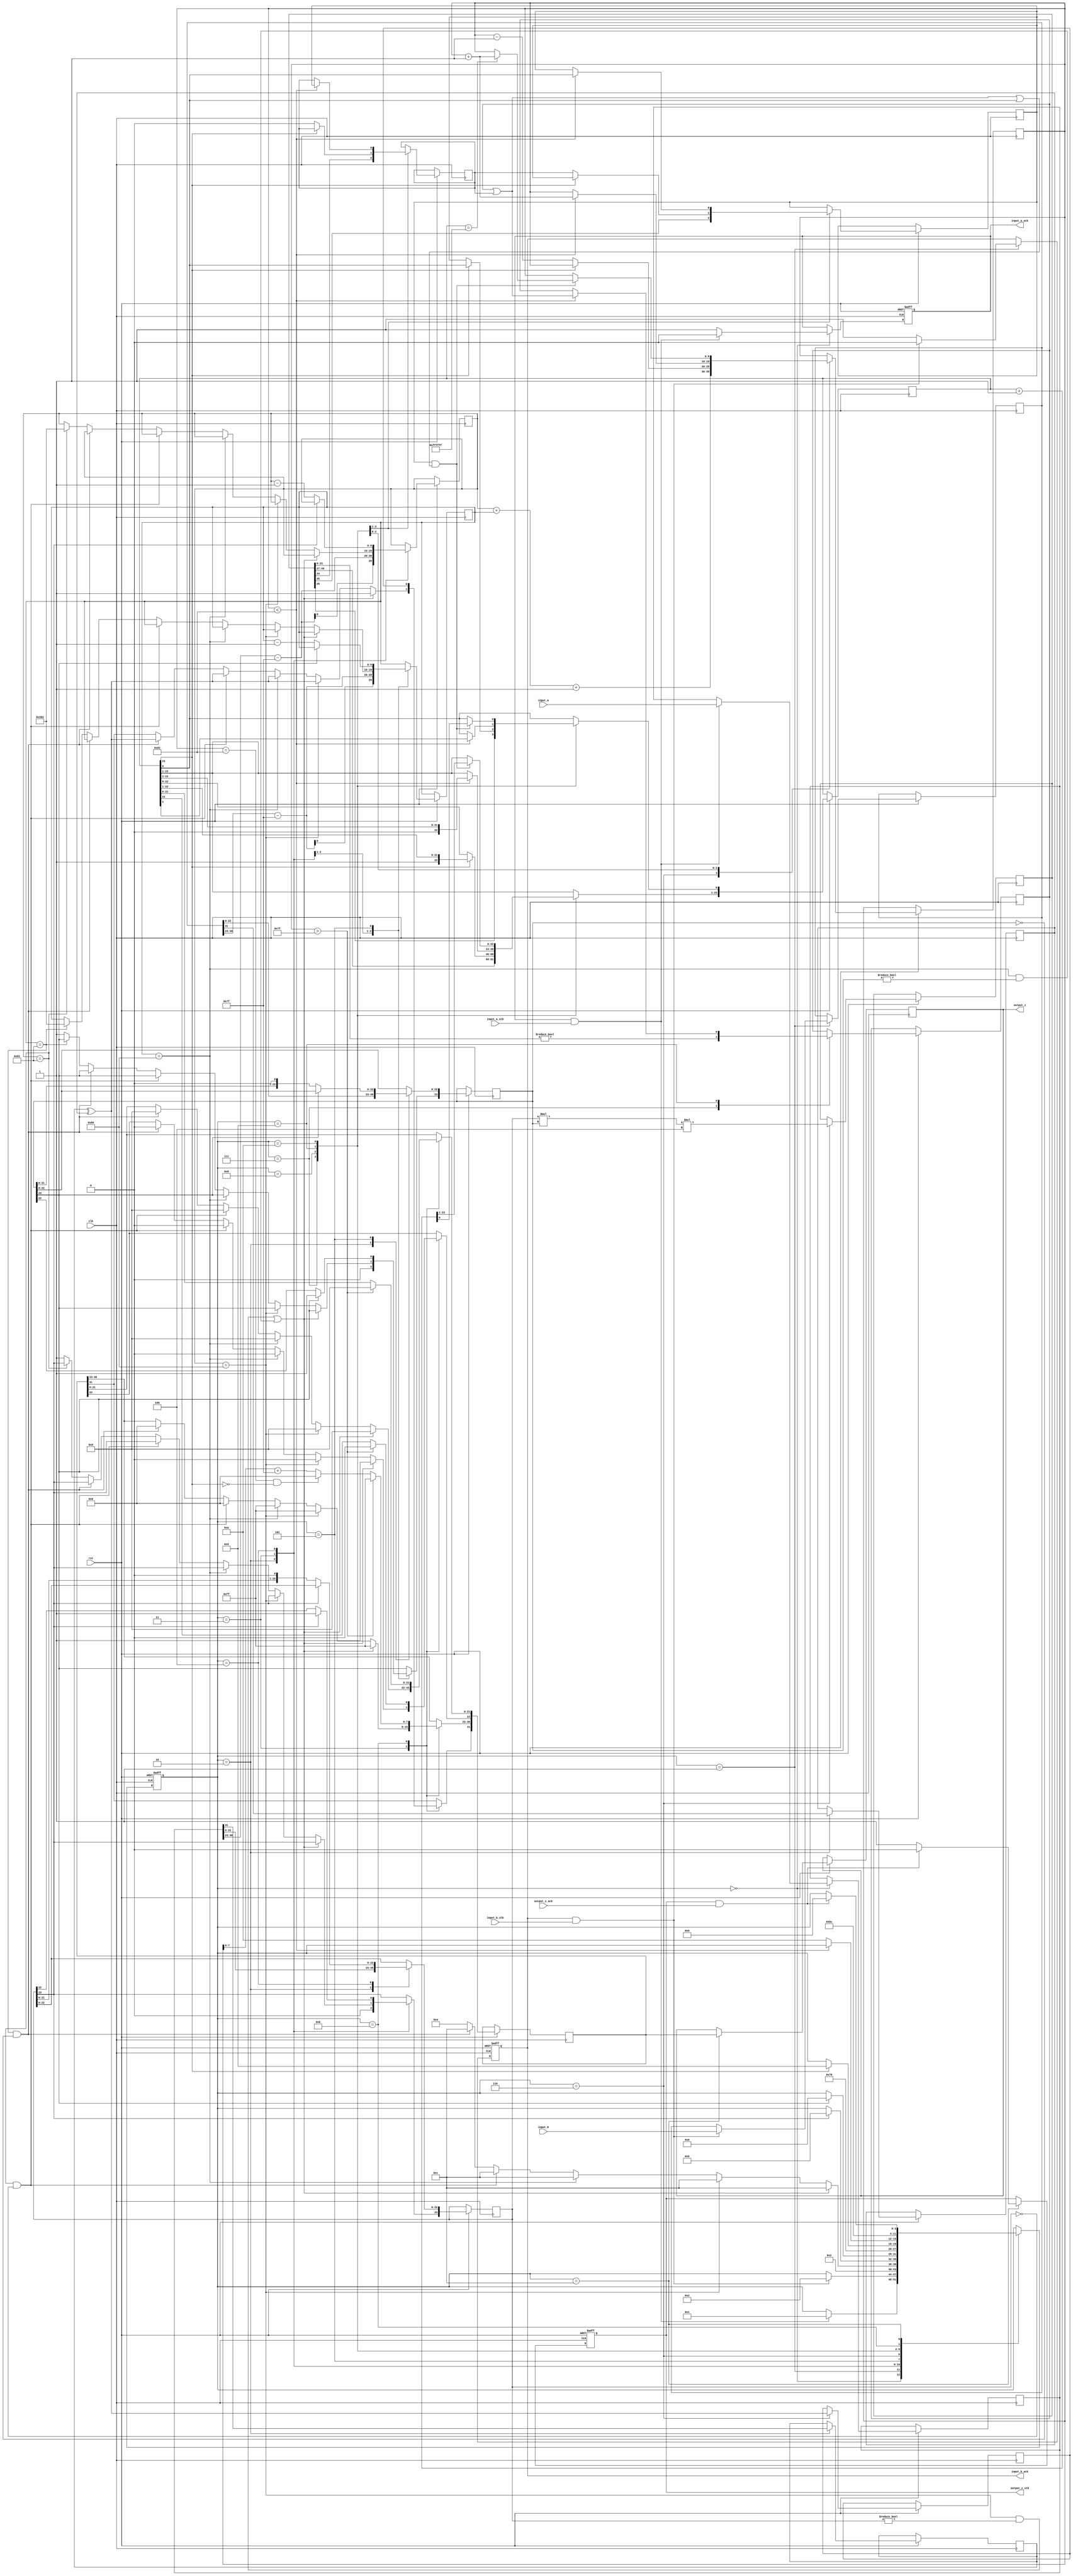
//IEEE Floating Point Multiplier (Single Precision)
//Copyright (C) Jonathan P Dawson 2013
//2013-12-12
module multiplier(
        input_a,
        input_b,
        input_a_stb,
        input_b_stb,
        output_z_ack,
        clk,
        rst,
        output_z,
        output_z_stb,
        input_a_ack,
        input_b_ack);

  input     clk;
  input     rst;

  input     [31:0] input_a;
  input     input_a_stb;
  output    input_a_ack;

  input     [31:0] input_b;
  input     input_b_stb;
  output    input_b_ack;

  output    [31:0] output_z;
  output    output_z_stb;
  input     output_z_ack;

  reg       s_output_z_stb;
  reg       [31:0] s_output_z;
  reg       s_input_a_ack;
  reg       s_input_b_ack;

  reg       [3:0] state;
  parameter get_a         = 4'd0,
            get_b         = 4'd1,
            unpack        = 4'd2,
            special_cases = 4'd3,
            normalise_a   = 4'd4,
            normalise_b   = 4'd5,
            multiply_0    = 4'd6,
            multiply_1    = 4'd7,
            normalise_1   = 4'd8,
            normalise_2   = 4'd9,
            round         = 4'd10,
            pack          = 4'd11,
            put_z         = 4'd12;

  reg       [31:0] a, b, z;
  reg       [23:0] a_m, b_m, z_m;
  reg       [9:0] a_e, b_e, z_e;
  reg       a_s, b_s, z_s;
  reg       guard, round_bit, sticky;
  reg       [49:0] product;

  always @(posedge clk or negedge rst)
  begin
    if (rst == 1'b0) begin
      state <= get_a;
      s_input_a_ack <= 0;
      s_input_b_ack <= 0;
      s_output_z_stb <= 0;
    end
	 else
	 begin
		case(state)
	
			get_a:
			begin
			s_input_a_ack <= 1;
			if (s_input_a_ack && input_a_stb) begin
				a <= input_a;
				s_input_a_ack <= 0;
				state <= get_b;
			end
			end
	
			get_b:
			begin
			s_input_b_ack <= 1;
			if (s_input_b_ack && input_b_stb) begin
				b <= input_b;
				s_input_b_ack <= 0;
				state <= unpack;
			end
			end
	
			unpack:
			begin
			a_m <= a[22 : 0];
			b_m <= b[22 : 0];
			a_e <= a[30 : 23] - 127;
			b_e <= b[30 : 23] - 127;
			a_s <= a[31];
			b_s <= b[31];
			state <= special_cases;
			end
	
			special_cases:
			begin
			//if a is NaN or b is NaN return NaN 
			if ((a_e == 128 && a_m != 0) || (b_e == 128 && b_m != 0)) begin
				z[31] <= 1;
				z[30:23] <= 255;
				z[22] <= 1;
				z[21:0] <= 0;
				state <= put_z;
			//if a is inf return inf
			end else if (a_e == 128) begin
				z[31] <= a_s ^ b_s;
				z[30:23] <= 255;
				z[22:0] <= 0;
				state <= put_z;
				//if b is zero return NaN
				if ($signed(b_e == -127) && (b_m == 0)) begin
					z[31] <= 1;
					z[30:23] <= 255;
					z[22] <= 1;
					z[21:0] <= 0;
					state <= put_z;
				end
			//if b is inf return inf
			end else if (b_e == 128) begin
				z[31] <= a_s ^ b_s;
				z[30:23] <= 255;
				z[22:0] <= 0;
				state <= put_z;
			//if a is zero return zero
			end else if (($signed(a_e) == -127) && (a_m == 0)) begin
				z[31] <= a_s ^ b_s;
				z[30:23] <= 0;
				z[22:0] <= 0;
				state <= put_z;
			//if b is zero return zero
			end else if (($signed(b_e) == -127) && (b_m == 0)) begin
				z[31] <= a_s ^ b_s;
				z[30:23] <= 0;
				z[22:0] <= 0;
				state <= put_z;
			end else begin
				//Denormalised Number
				if ($signed(a_e) == -127) begin
					a_e <= -126;
				end else begin
					a_m[23] <= 1;
				end
				//Denormalised Number
				if ($signed(b_e) == -127) begin
					b_e <= -126;
				end else begin
					b_m[23] <= 1;
				end
				state <= normalise_a;
			end
			end
	
			normalise_a:
			begin
			if (a_m[23]) begin
				state <= normalise_b;
			end else begin
				a_m <= a_m << 1;
				a_e <= a_e - 1;
			end
			end
	
			normalise_b:
			begin
			if (b_m[23]) begin
				state <= multiply_0;
			end else begin
				b_m <= b_m << 1;
				b_e <= b_e - 1;
			end
			end
	
			multiply_0:
			begin
			z_s <= a_s ^ b_s;
			z_e <= a_e + b_e + 1;
			product <= a_m * b_m * 4;
			state <= multiply_1;
			end
	
			multiply_1:
			begin
			z_m <= product[49:26];
			guard <= product[25];
			round_bit <= product[24];
			sticky <= (product[23:0] != 0);
			state <= normalise_1;
			end
	
			normalise_1:
			begin
			if (z_m[23] == 0) begin
				z_e <= z_e - 1;
				z_m <= z_m << 1;
				z_m[0] <= guard;
				guard <= round_bit;
				round_bit <= 0;
			end else begin
				state <= normalise_2;
			end
			end
	
			normalise_2:
			begin
			if ($signed(z_e) < -126) begin
				z_e <= z_e + 1;
				z_m <= z_m >> 1;
				guard <= z_m[0];
				round_bit <= guard;
				sticky <= sticky | round_bit;
			end else begin
				state <= round;
			end
			end
	
			round:
			begin
			if (guard && (round_bit | sticky | z_m[0])) begin
				z_m <= z_m + 1;
				if (z_m == 24'hffffff) begin
					z_e <=z_e + 1;
				end
			end
			state <= pack;
			end
	
			pack:
			begin
			z[22 : 0] <= z_m[22:0];
			z[30 : 23] <= z_e[7:0] + 127;
			z[31] <= z_s;
			if ($signed(z_e) == -126 && z_m[23] == 0) begin
				z[30 : 23] <= 0;
			end
			//if overflow occurs, return inf
			if ($signed(z_e) > 127) begin
				z[22 : 0] <= 0;
				z[30 : 23] <= 255;
				z[31] <= z_s;
			end
			state <= put_z;
			end
	
			put_z:
			begin
			s_output_z_stb <= 1;
			s_output_z <= z;
			if (s_output_z_stb && output_z_ack) begin
				s_output_z_stb <= 0;
				state <= get_a;
			end
			end
	
		endcase
	 end



  end
  assign input_a_ack = s_input_a_ack;
  assign input_b_ack = s_input_b_ack;
  assign output_z_stb = s_output_z_stb;
  assign output_z = s_output_z;

endmodule